Indian journal of veterinary science and animal husbandry - Volume 6,
Year: 1936
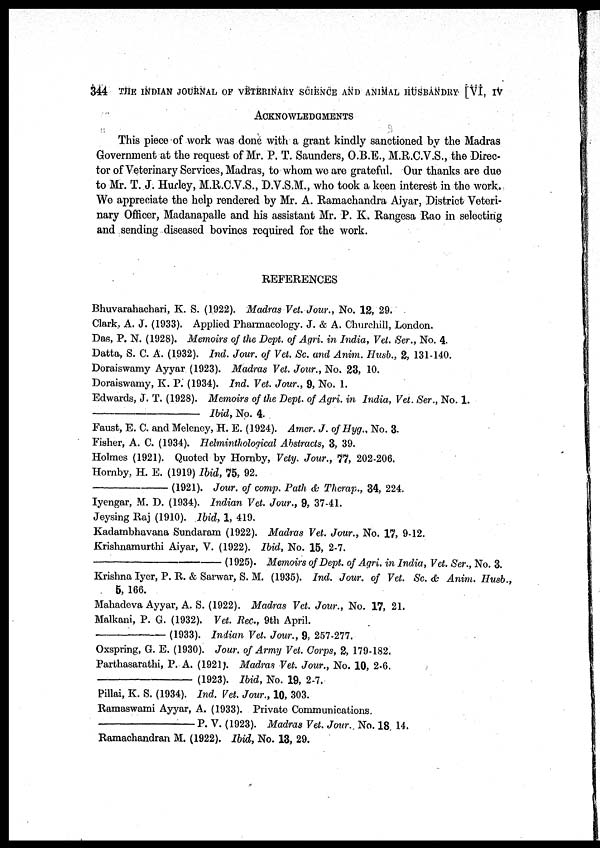
344 THE INDIAN JOURNAL OF VETERINARY SCIENCE AND ANIMAL HUSBANDRY [VI, IV
ACKNOWLEDGMENTS
This piece of work was done with a grant kindly sanctioned by the Madras
Government at the request of Mr. P. T. Saunders, O.B.E., M.R.C.V.S., the Direc-
tor of Veterinary Services, Madras, to whom we are grateful. Our thanks are due
to Mr. T. J. Hurley, M.R.C.V.S., D.V.S.M., who took a keen interest in the work.
We appreciate the help rendered by Mr. A. Ramachandra Aiyar, District Veteri-
nary Officer, Madanapalle and his assistant Mr. P. K. Rangesa Rao in selecting
and sending diseased bovines required for the work.
REFERENCES
Bhuvarahachari, K. S. (1922). Madras Vet. Jour., No. 12, 29.
Clark, A. J. (1933). Applied Pharmacology. J. & A. Churchill, London.
Das, P. N. (1928). Memoirs of the Dept. of Agri. in India, Vet. Ser., No. 4.
Datta, S. C. A. (1932). Ind. Jour. of Vet. Sc. and Anim. Husb., 2, 131-140.
Doraiswamy Ayyar (1923). Madras Vet. Jour., No. 23, 10.
Doraiswamy, K. P. (1934). Ind. Vet. Jour., 9, No. 1.
Edwards, J. T. (1928). Memoirs of the Dept. of Agri. in India, Vet. Ser., No. 1.
—————————— Ibid, No. 4.
Faust, E. C. and Meleney, H. E. (1924). Amer. J. of Hyg., No. 3.
Fisher, A. C. (1934). Helminthological Abstracts, 3, 39.
Holmes (1921). Quoted by Hornby, Vety. Jour., 77, 202-206.
Hornby. H. E. (1919) Ibid, 75, 92.
—————— (1921). Jour. of comp. Path & Therap., 34, 224.
Iyengar, M. D. (1934). Indian Vet. Jour., 9, 37-41.
Jeysing Raj (1910). Ibid, 1, 419.
Kadambhavana Sundaram (1922). Madras Vet. Jour., No. 17, 9-12.
Krishnamurti Aiyar, V. (1922). Ibid, No. 15, 2-7.
—————————— (1925). Memoirs of Dept. of Agri. in India, Vet. Ser., No. 3.
Krishna Iyer, P. R. & Sarwar, S. M. (1935). Ind. Jour. of Vet. Sc. & Anim. Husb.,
5, 166.
Mahadeva Ayyar, A. S. (1922). Madras Vet. Jour., No. 17, 21.
Malkani, P. G. (1932). Vet. Rec., 9th April.
————— (1933). Indian Vet. Jour., 9, 257-277.
Oxspring, G. E. (1930). Jour. of Army Vet. Corps, 2, 179-182.
Parthasarathi, P. A. (1921). Madras Vet. Jour., No. 10, 2-6.
———————
(1923). Ibid, No. 19, 2-7.
Pillai, K. S. (1934). Ind. Vet. Jour., 10, 303.
Ramaswami Ayyar, A. (1933). Private Communications.
———————— P. V. (1923). Madras Vet. Jour. No. 18 14.
Ramachandran M. (1922). Ibid, No. 13, 29.